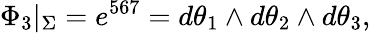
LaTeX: \Phi_{3}|_{\Sigma}=e^{567}=d\theta_{1}\wedge d\theta_{2}\wedge d\theta_{3},